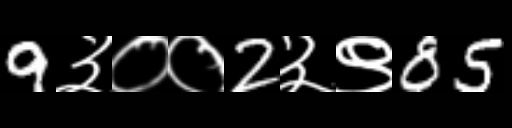
Text: 9३००2३९85